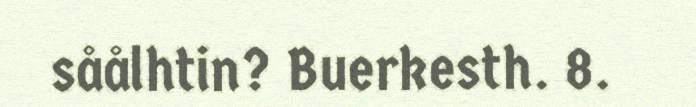
såålhtin? Buerkesth. 8.